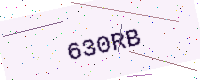
Text: 630RB